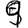
Digit: 9